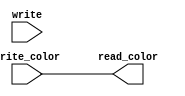
module f1_vram(
input wire [2:0] write_color,
input wire write,
output reg [2:0] read_color);

reg [2:0] color;

initial begin
	// Reset the memory.
	color = 3'b0;
end

always @(*) begin
	// Save the new color.
	if(write) begin
		color = write_color;
	end
	// Write the vram color to output data.
	read_color = color;
end

endmodule